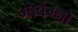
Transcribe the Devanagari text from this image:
मार्वेग्नो